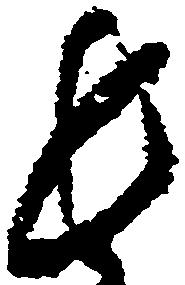
長